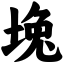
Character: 堍